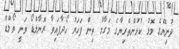
ދުނިޔޭގެ މޮޅު ކުޅުންތެރިޔާގެ މަގާމު ތިން ފަހަރު ހޯދާފައިވާ ރޮނާލްޑޯ ވަނީ ވޯލްޑް